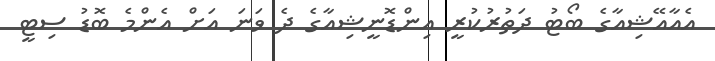
އެއާއޭޝިއާގެ ބޯޓު ދަތުރުކުރީ އިންޑޮނީޝިއާގެ ދެ ވަނަ އަށް އެންމެ ބޮޑު ސިޓީ